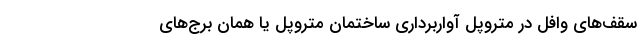
سقف‌های وافل در متروپل آواربرداری ساختمان متروپل یا همان برج‌های